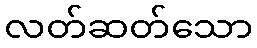
လတ်ဆတ်သော